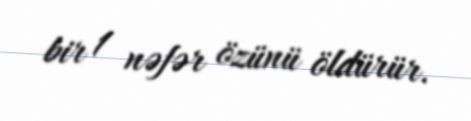
bir 1 nəfər özünü öldürür.